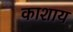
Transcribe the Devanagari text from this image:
काशाय